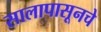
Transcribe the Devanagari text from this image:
सालापासूनचे